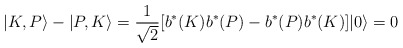
\begin{align*}|K,P\rangle -|P,K\rangle ={\frac{1}{\sqrt{2}}}[b^{\ast }(K)b^{\ast}(P)-b^{\ast }(P)b^{\ast }(K)]|0\rangle =0 \end{align*}